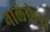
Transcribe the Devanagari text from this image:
नालेफेरा